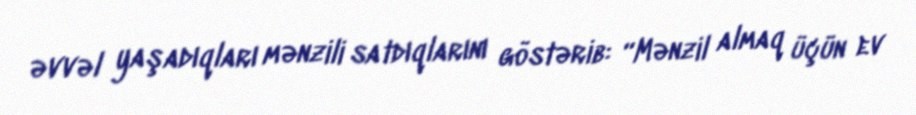
əvvəl yaşadıqları mənzili satdıqlarını göstərib: “Mənzil almaq üçün ev